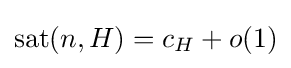
\operatorname {sat} (n,H)=c_{H}+o(1)